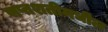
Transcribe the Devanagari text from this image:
सप्तशतीमधील